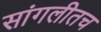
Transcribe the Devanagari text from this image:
सांगलीतच